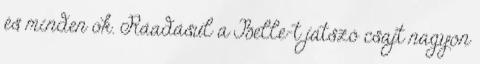
és minden ok. Ráadásul a Belle-t játszó csajt nagyon